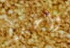
واحدة